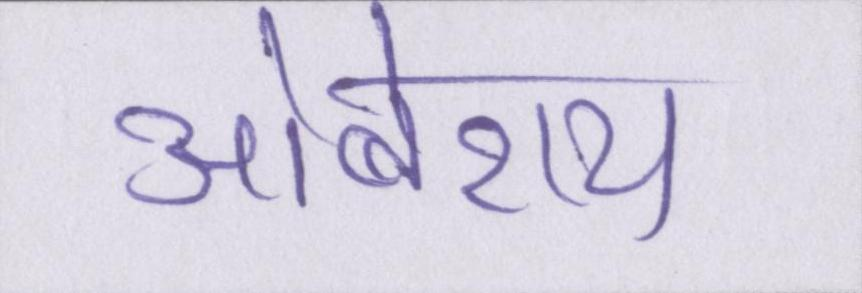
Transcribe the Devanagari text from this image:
ओबेराय